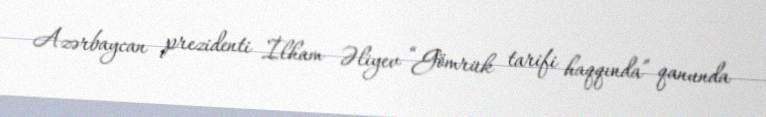
Azərbaycan prezidenti İlham Əliyev “Gömrük tarifi haqqında” qanunda